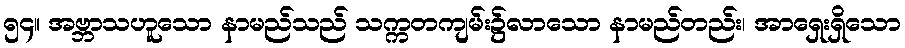
၅၄။ အဗ္ဘာသဟူသော နာမည်သည် သက္ကတကျမ်း၌လာသော နာမည်တည်း၊ အာရှေးရှိသော